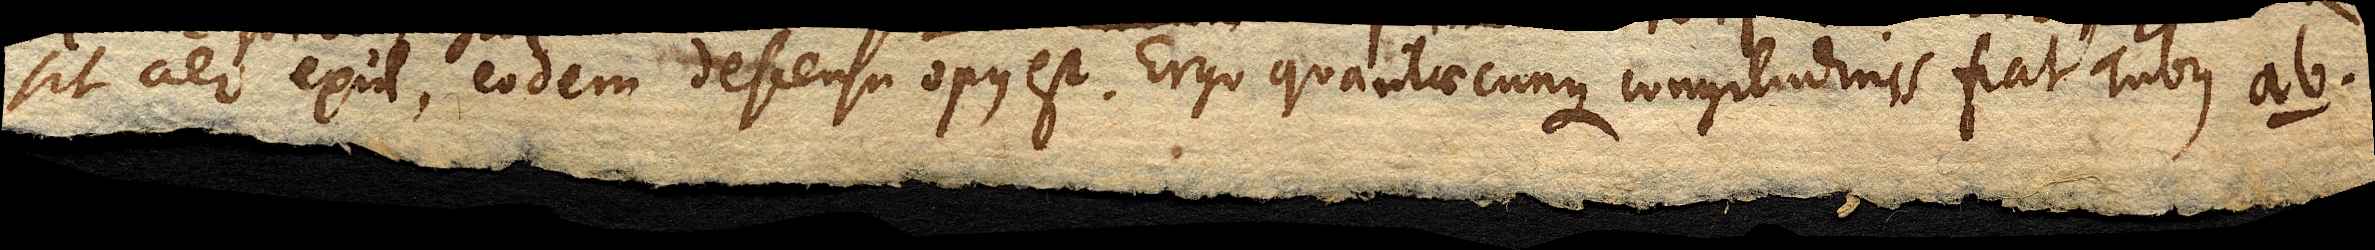
sit aer exul, eodem descensu opus est. Ergo quantaecunque longitudinis fiat Tubus ab.